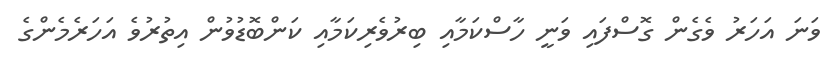
ވަނަ އަހަރު ވެގެން ގޮސްފައި ވަނީ ހާސްކަމާއި ބިރުވެރިކަމާއި ކަންބޮޑުވުން އިތުރުވެ އަހަރެމެންގެ